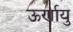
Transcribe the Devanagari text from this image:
ऊर्णायु